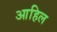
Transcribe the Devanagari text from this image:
आहिल